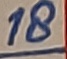
Text: 18